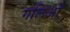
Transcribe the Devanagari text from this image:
गलिओं